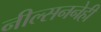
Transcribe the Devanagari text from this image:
नील्सननेही